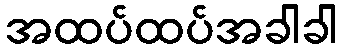
အထပ်ထပ်အခါခါ